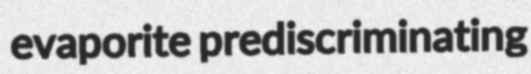
evaporite prediscriminating